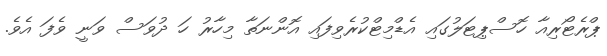
ޕްރެޓޯރިއާ ހޮސްޕިޓަލުގައި އެޑްމިޓްކުރެވިފައި އޮންނަތާ މިހާރު ހަ ދުވަސް ވަނީ ވެފަ އެވެ.